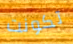
تكونت